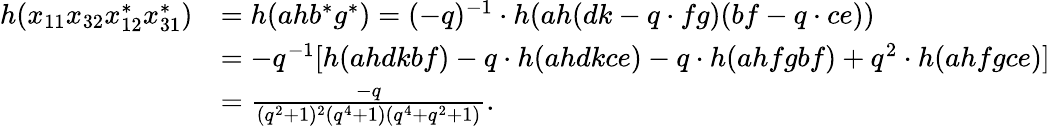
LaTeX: \begin{array}{rl}{h(x_{11}x_{32}x_{12}^{*}x_{31}^{*})}&{=h(ahb^{*}g^{*})=(-q)^{-1}\cdot h(ah(dk-q\cdot fg)(bf-q\cdot ce))}\\ &{=-q^{-1}[h(ahdkbf)-q\cdot h(ahdkce)-q\cdot h(ahfgbf)+q^{2}\cdot h(ahfgce)]}\\ &{=\frac{-q}{(q^{2}+1)^{2}(q^{4}+1)(q^{4}+q^{2}+1)}.}\end{array}